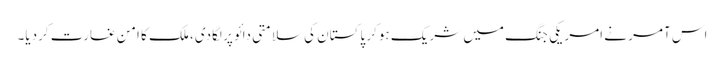
اس آمر نے امریکی جنگ میں شریک ہوکر پاکستان کی سلامتی دائو پر لگادی، ملک کا امن غارت کردیا۔